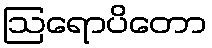
ဩရောပိတော